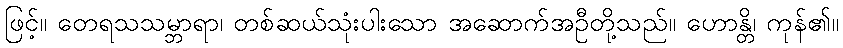
ဖြင့်။ တေရသသမ္ဘာရာ၊ တစ်ဆယ်သုံးပါးသော အဆောက်အဦတို့သည်။ ဟောန္တိ၊ ကုန်၏။